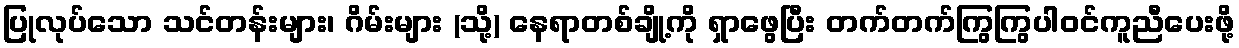
ပြုလုပ်သော သင်တန်းများ၊ ဂိမ်းများ (သို့) နေရာတစ်ချို့ကို ရှာဖွေပြီး တက်တက်ကြွကြွပါဝင်ကူညီပေးဖို့